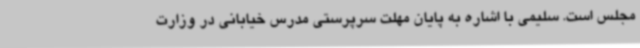
مجلس است. سلیمی با اشاره به پایان مهلت سرپرستی مدرس خیابانی در وزارت